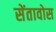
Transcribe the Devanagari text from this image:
सेंतावोस